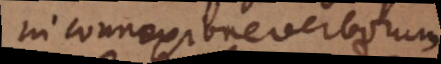
in connexione verborum